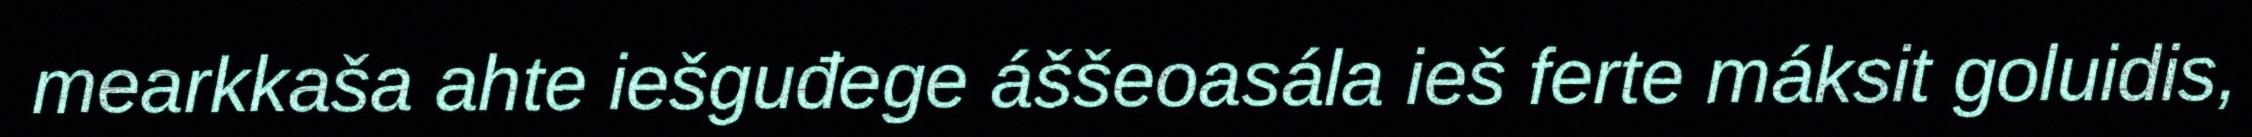
mearkkaša ahte iešguđege áššeoasála ieš ferte máksit goluidis,